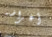
أغراضه